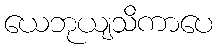
ယေဘုယျသိကာပေ